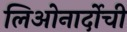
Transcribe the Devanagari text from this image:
लिओनार्दोची